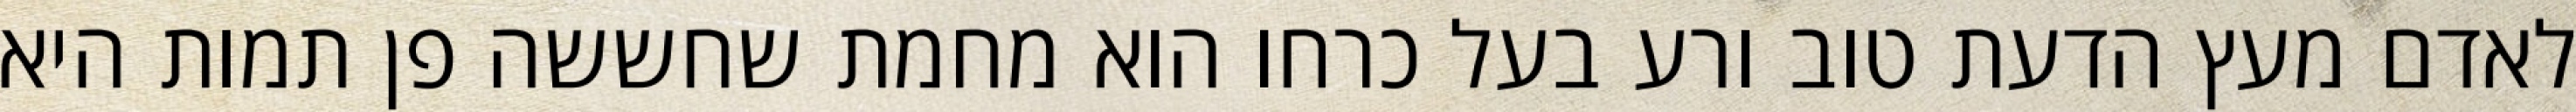
לאדם מעץ הדעת טוב ורע בעל כרחו הוא מחמת שחששה פן תמות היא